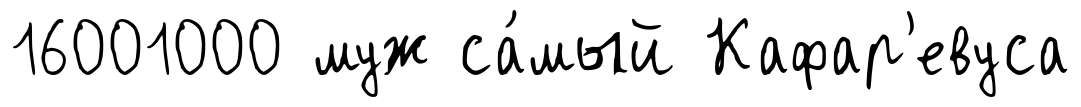
16001000 муж са́мый Кафар'евуса